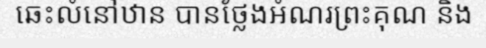
ឆេះលំនៅឋាន បានថ្លែងអំណរព្រះគុណ និង